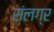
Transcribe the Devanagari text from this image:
संलग्र